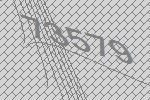
73579